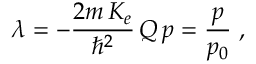
\lambda = - \frac { 2 m \, K _ { e } } { \hbar ^ { 2 } } { \, Q \, p } = \frac { p } { p _ { 0 } } \; ,